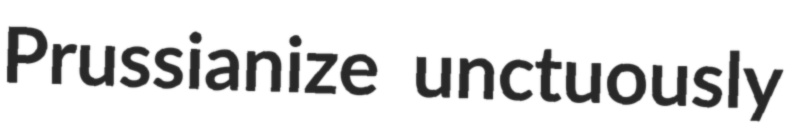
Prussianize unctuously